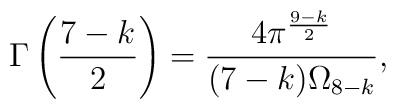
\Gamma\left(\frac{7-k}{2}\right) = \frac{ 4 \pi^{\frac{9-k}{2}} }{ (7-k) \Omega_{8-k} },